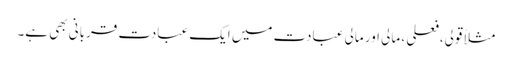
مثلاً قولی،فعلی ، مالی اور مالی عبادت میں ایک عبادت قربانی بھی ہے۔